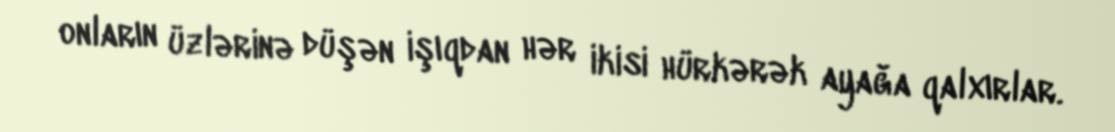
onların üzlərinə düşən işıqdan hər ikisi hürkərək ayağa qalxırlar.